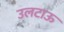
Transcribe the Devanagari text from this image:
उलटाऊ